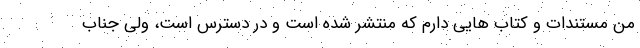
من مستندات و کتاب هایی دارم که منتشر شده است و در دسترس است، ولی جناب